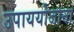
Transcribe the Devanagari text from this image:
उपाययोजाना